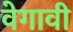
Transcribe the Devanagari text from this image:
वेगावी